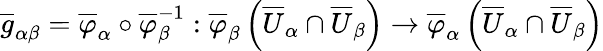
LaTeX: {\overline{{g}}}_{\alpha\beta}={\overline{{\varphi}}}_{\alpha}\circ{\overline{{\varphi}}}_{\beta}^{-1}:{\overline{{\varphi}}}_{\beta}\left({\overline{{U}}}_{\alpha}\cap{\overline{{U}}}_{\beta}\right)\rightarrow{\overline{{\varphi}}}_{\alpha}\left({\overline{{U}}}_{\alpha}\cap{\overline{{U}}}_{\beta}\right)